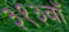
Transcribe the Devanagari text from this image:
३१३वॉ